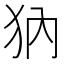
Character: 𤜽